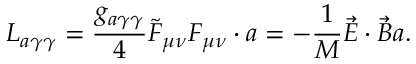
L _ { a \gamma \gamma } = \frac { g _ { a \gamma \gamma } } { 4 } \tilde { F } _ { \mu \nu } F _ { \mu \nu } \cdot a = - \frac { 1 } { M } \vec { E } \cdot \vec { B } a .